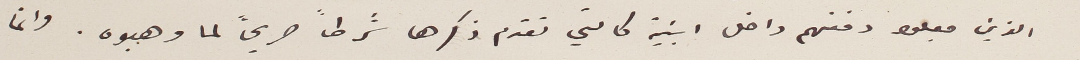
الذين جعلوا دفنهم داخل ابنية كالتي تقدم ذكرها شرطاً صريحاً لما وهبوه. وانما